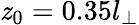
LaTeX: \mathit{z}_{0}=0.35l_{\perp}